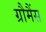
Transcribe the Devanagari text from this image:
ग्रौमैंस